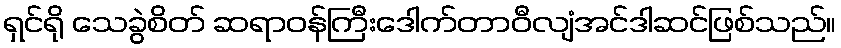
ရှင်ရို သေခွဲစိတ် ဆရာဝန်ကြီးဒေါက်တာဝီလျံအင်ဒါဆင်ဖြစ်သည်။